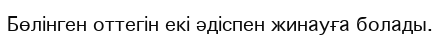
Бөлінген оттегін екі әдіспен жинауға болады.